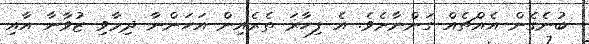
ބުނެގެން އެއްޗެއް ގަންނާށެވެ. އެ ފިހާރަ ތެރެއިން އަހަންނާ ދިމާވި ޒުވާނާ އާއި